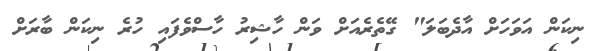
ނިކަން އަވަހަށް އާދެބަލަ" ގޭތެރެއަށް ވަން ހާޝިރު ހާސްވެފައި ހުރެ ނިކަން ބާރަށް